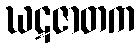
ဃဋဇာတက